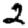
Digit: 2